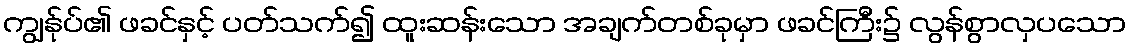
ကျွန်ုပ်၏ ဖခင်နှင့် ပတ်သက်၍ ထူးဆန်းသော အချက်တစ်ခုမှာ ဖခင်ကြီး၌ လွန်စွာလှပသော